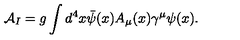
{ \cal A } _ { I } = g \int d ^ { 4 } x \bar { \psi } ( x ) A _ { \mu } ( x ) \gamma ^ { \mu } \psi ( x ) .